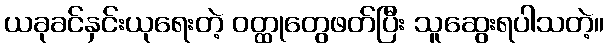
ယခုခင်နှင်းယုရေးတဲ့ ဝတ္ထုတွေဖတ်ပြီး သူဆွေးရပါသတဲ့။